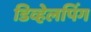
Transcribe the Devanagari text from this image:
डिव्हेलपिंग